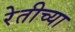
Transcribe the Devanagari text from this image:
रेतीच्या